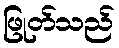
ဖြုတ်သည်